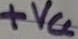
Text: +VCC